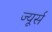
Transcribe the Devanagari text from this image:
ज्यूर्स